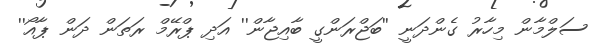
ސަލްމާން މިހާރު ގެންދަނީ ''ބަޖްރަންގީ ބާއިޖާން'' އަދި ޕްރޭމް ރަތަން ދަން ޕާއޯ''